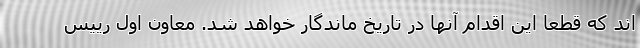
اند که قطعاً این اقدام آنها در تاریخ ماندگار خواهد شد. معاون اول رییس